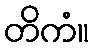
တိကံ။